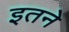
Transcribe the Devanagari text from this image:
इतने